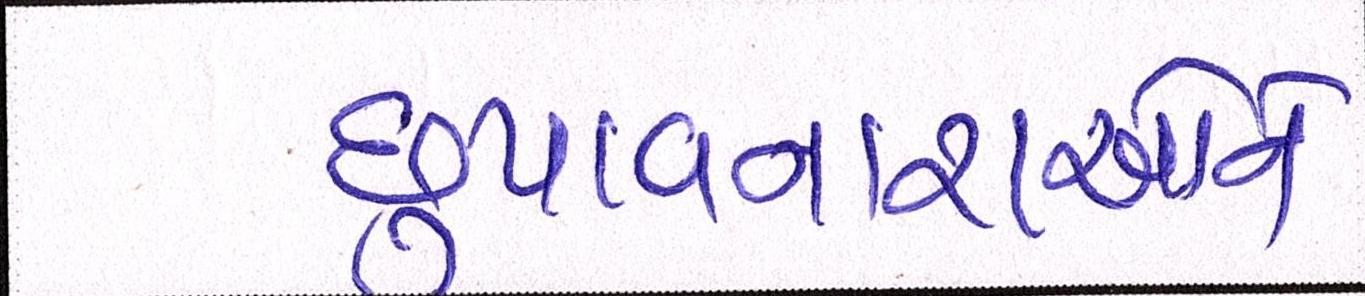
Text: છુપાવનારાઓને